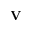
\mathbf { V }